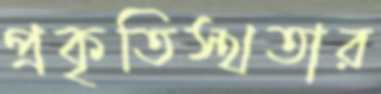
প্রকৃতিস্থতার